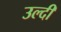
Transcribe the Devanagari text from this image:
उल्दी